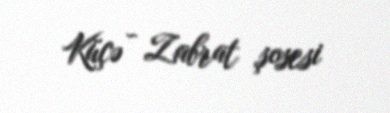
Küçə - Zabrat şosesi